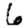
Digit: 6